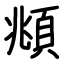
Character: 頫